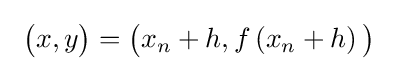
\ {\bigl (}x,y{\bigr )}={\bigl (}x_{n}+h,f\left(x_{n}+h\right){\bigr )}\